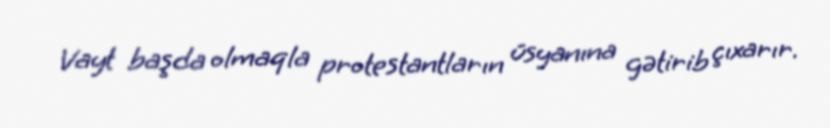
Vayt başda olmaqla protestantların üsyanına gətirib çıxarır.